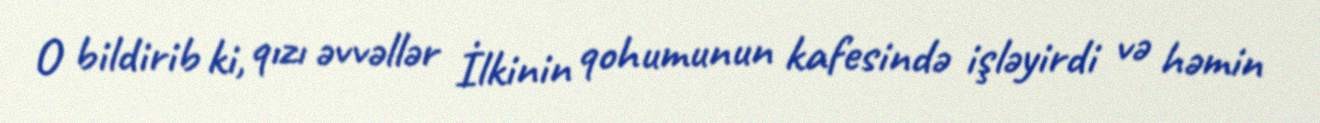
O bildirib ki, qızı əvvəllər İlkinin qohumunun kafesində işləyirdi və həmin